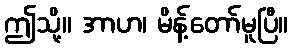
ဤသို့။ အာဟ၊ မိန့်တော်မူပြီ။